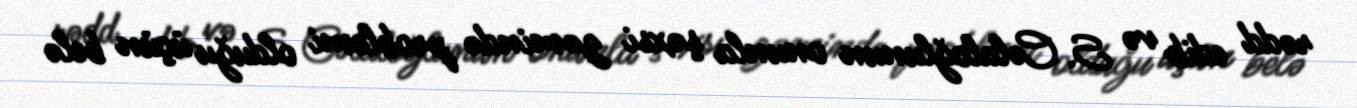
rədd edib və S. Cəlaloğlunun onunla şəxsi zəmində problemi olduğu üçün belə